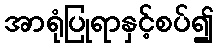
အာရုံပြုရာနှင့်စပ်၍